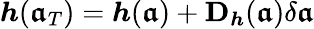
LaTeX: \boldsymbol{h}(\boldsymbol{\mathfrak{a}}_{T})=\boldsymbol{h}(\boldsymbol{\mathfrak{a}})+\mathbf{{D}}_{\boldsymbol{h}}(\boldsymbol{\mathfrak{a}})\delta\boldsymbol{\mathfrak{a}}